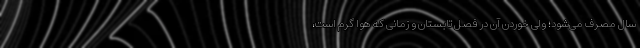
سال مصرف می‌شود؛ ولی خوردن آن در فصل تابستان و زمانی که هوا گرم است،